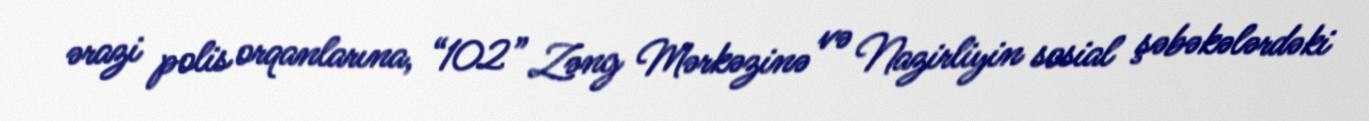
ərazi polis orqanlarına, “102” Zəng Mərkəzinə və Nazirliyin sosial şəbəkələrdəki